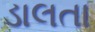
ડાલતા